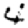
Digit: 4